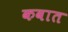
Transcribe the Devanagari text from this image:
कवात